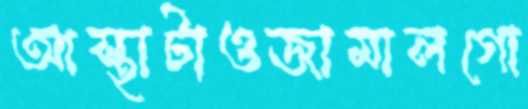
আস্থাটাওজামালগো